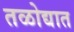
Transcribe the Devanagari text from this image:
तळोद्यात